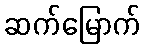
ဆက်မြောက်